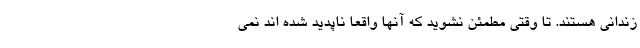
زندانی هستند. تا وقتی مطمئن نشوید که آنها واقعا ناپدید شده اند نمی